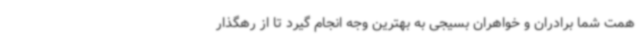
همت شما برادران و خواهران بسیجی به بهترین وجه انجام گیرد تا از رهگذار